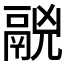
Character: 𩰷